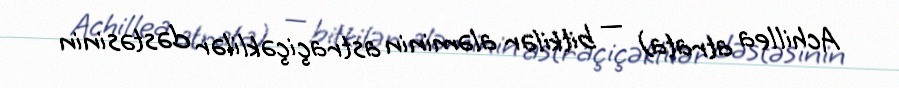
Achillea atrata) — bitkilər aləminin astraçiçəklilər dəstəsinin